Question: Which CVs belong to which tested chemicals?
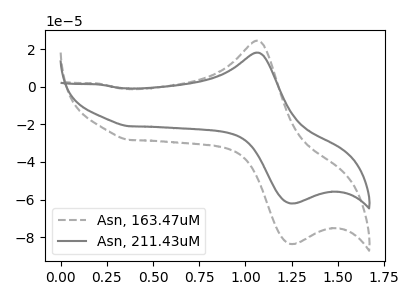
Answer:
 <answer>The gray dashed curve is labeled "Asn, 163.47uM". The gray curve is labeled "Asn, 211.43uM".</answer>
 <eval></eval>